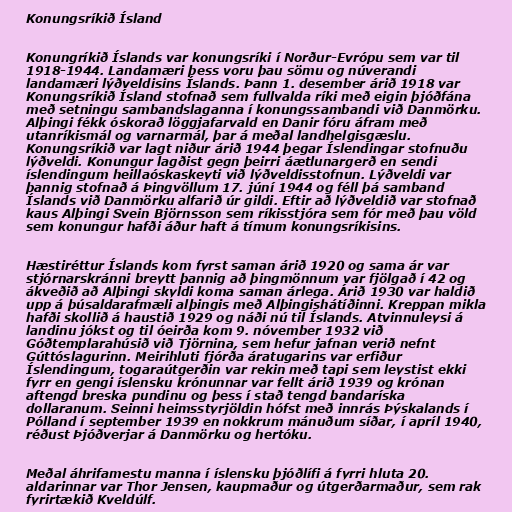
Konungsríkið Ísland

Konungríkið Íslands var konungsríki í Norður-Evrópu sem var til
1918-1944. Landamæri þess voru þau sömu og núverandi
landamæri lýðveldisins Íslands. Þann 1. desember árið 1918 var
Konungsríkið Ísland stofnað sem fullvalda ríki með eigin þjóðfána
með setningu sambandslaganna í konungssambandi við Danmörku.
Alþingi fékk óskorað löggjafarvald en Danir fóru áfram með
utanríkismál og varnarmál, þar á meðal landhelgisgæslu.
Konungsríkið var lagt niður árið 1944 þegar Íslendingar stofnuðu
lýðveldi. Konungur lagðist gegn þeirri áætlunargerð en sendi
íslendingum heillaóskaskeyti við lýðveldisstofnun. Lýðveldi var
þannig stofnað á Þingvöllum 17. júní 1944 og féll þá samband
Íslands við Danmörku alfarið úr gildi. Eftir að lýðveldið var stofnað
kaus Alþingi Svein Björnsson sem ríkisstjóra sem fór með þau völd
sem konungur hafði áður haft á tímum konungsríkisins.

Hæstiréttur Íslands kom fyrst saman árið 1920 og sama ár var
stjórnarskránni breytt þannig að þingmönnum var fjölgað í 42 og
ákveðið að Alþingi skyldi koma saman árlega. Árið 1930 var haldið
upp á þúsaldarafmæli alþingis með Alþingishátíðinni. Kreppan mikla
hafði skollið á haustið 1929 og náði nú til Íslands. Atvinnuleysi á
landinu jókst og til óeirða kom 9. nóvember 1932 við
Góðtemplarahúsið við Tjörnina, sem hefur jafnan verið nefnt
Gúttóslagurinn. Meirihluti fjórða áratugarins var erfiður
Íslendingum, togaraútgerðin var rekin með tapi sem leystist ekki
fyrr en gengi íslensku krónunnar var fellt árið 1939 og krónan
aftengd breska pundinu og þess í stað tengd bandaríska
dollaranum. Seinni heimsstyrjöldin hófst með innrás Þýskalands í
Pólland í september 1939 en nokkrum mánuðum síðar, í apríl 1940,
réðust Þjóðverjar á Danmörku og hertóku.

Meðal áhrifamestu manna í íslensku þjóðlífi á fyrri hluta 20.
aldarinnar var Thor Jensen, kaupmaður og útgerðarmaður, sem rak
fyrirtækið Kveldúlf.